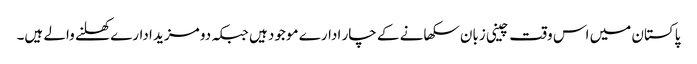
پاکستان میں اس وقت چینی زبان سکھانے کے چار ادارے موجود ہیں جبکہ دو مزید ادارے کھلنے والے ہیں۔